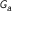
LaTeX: \scriptstyle { G _ { a } }